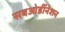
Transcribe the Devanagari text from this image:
सबओर्डीनेशन